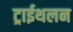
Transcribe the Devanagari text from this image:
ट्राईथलन